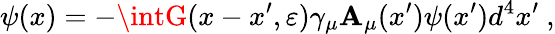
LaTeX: \psi(x)=-\intG(x-x^{\prime},\varepsilon)\gamma_{\mu}\mathbf{A}_{\mu}(x^{\prime})\psi(x^{\prime})d^{4}x^{\prime}~,